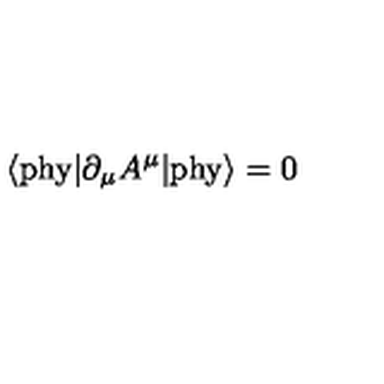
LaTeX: \langle \mathrm { p h y } | \partial _ { \mu } A ^ { \mu } | \mathrm { p h y } \rangle = 0